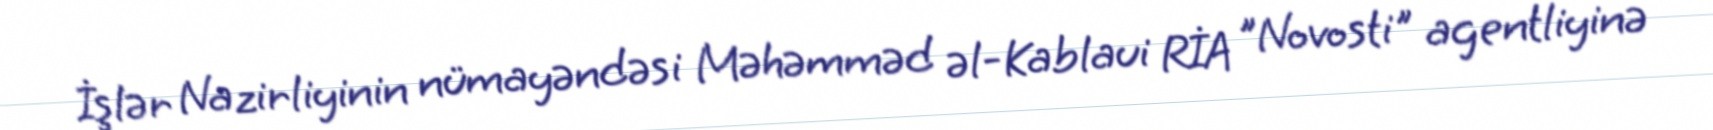
İşlər Nazirliyinin nümayəndəsi Məhəmməd əl-Kablaui RİA "Novosti" agentliyinə